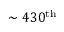
\sim 4 3 0 ^ { \mathrm { { t h } } }